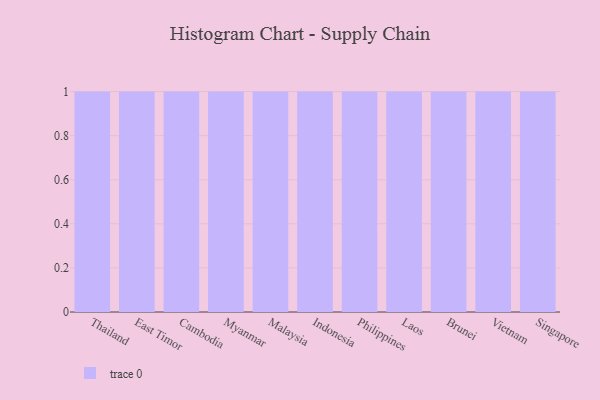
{"axis": {"x": "Country", "y": "Satisfaction Score"}, "legend": [""], "data": [{"x": "Thailand", "y": 82, "type": ""}, {"x": "East Timor", "y": 53, "type": ""}, {"x": "Cambodia", "y": 65, "type": ""}, {"x": "Myanmar", "y": 81, "type": ""}, {"x": "Malaysia", "y": 49, "type": ""}, {"x": "Indonesia", "y": 11, "type": ""}, {"x": "Philippines", "y": 31, "type": ""}, {"x": "Laos", "y": 96, "type": ""}, {"x": "Brunei", "y": 99, "type": ""}, {"x": "Vietnam", "y": 87, "type": ""}, {"x": "Singapore", "y": 84, "type": ""}]}